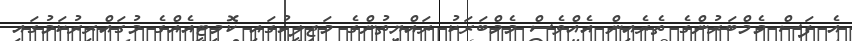
އެ ފަސް މެމްބަރުންގެ ތެރެއިން އެއްވެސް މެމްބަރަކު ރައްޔިތުންގެ މަޖިލީހުގައި ކޮމިޓީއެއްގެ މުގައްރިރުކަމުގައި